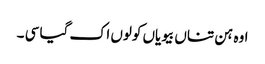
اوہ ہن تناں بیویاں کولوں اک گیا سی ۔